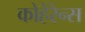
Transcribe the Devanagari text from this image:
कोहेरेन्स